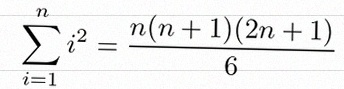
\sum_{i=1}^{n}i^2=\frac{n(n+1)(2n+1)}6